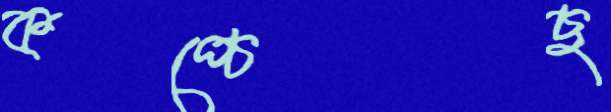
কপ্‌চেছ